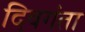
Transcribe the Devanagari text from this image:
दिवगंता